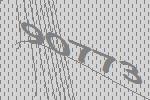
90773